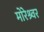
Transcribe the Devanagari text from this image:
मोरेश्र्वर